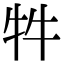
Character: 牪